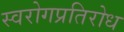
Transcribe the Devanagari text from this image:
स्वरोगप्रतिरोध